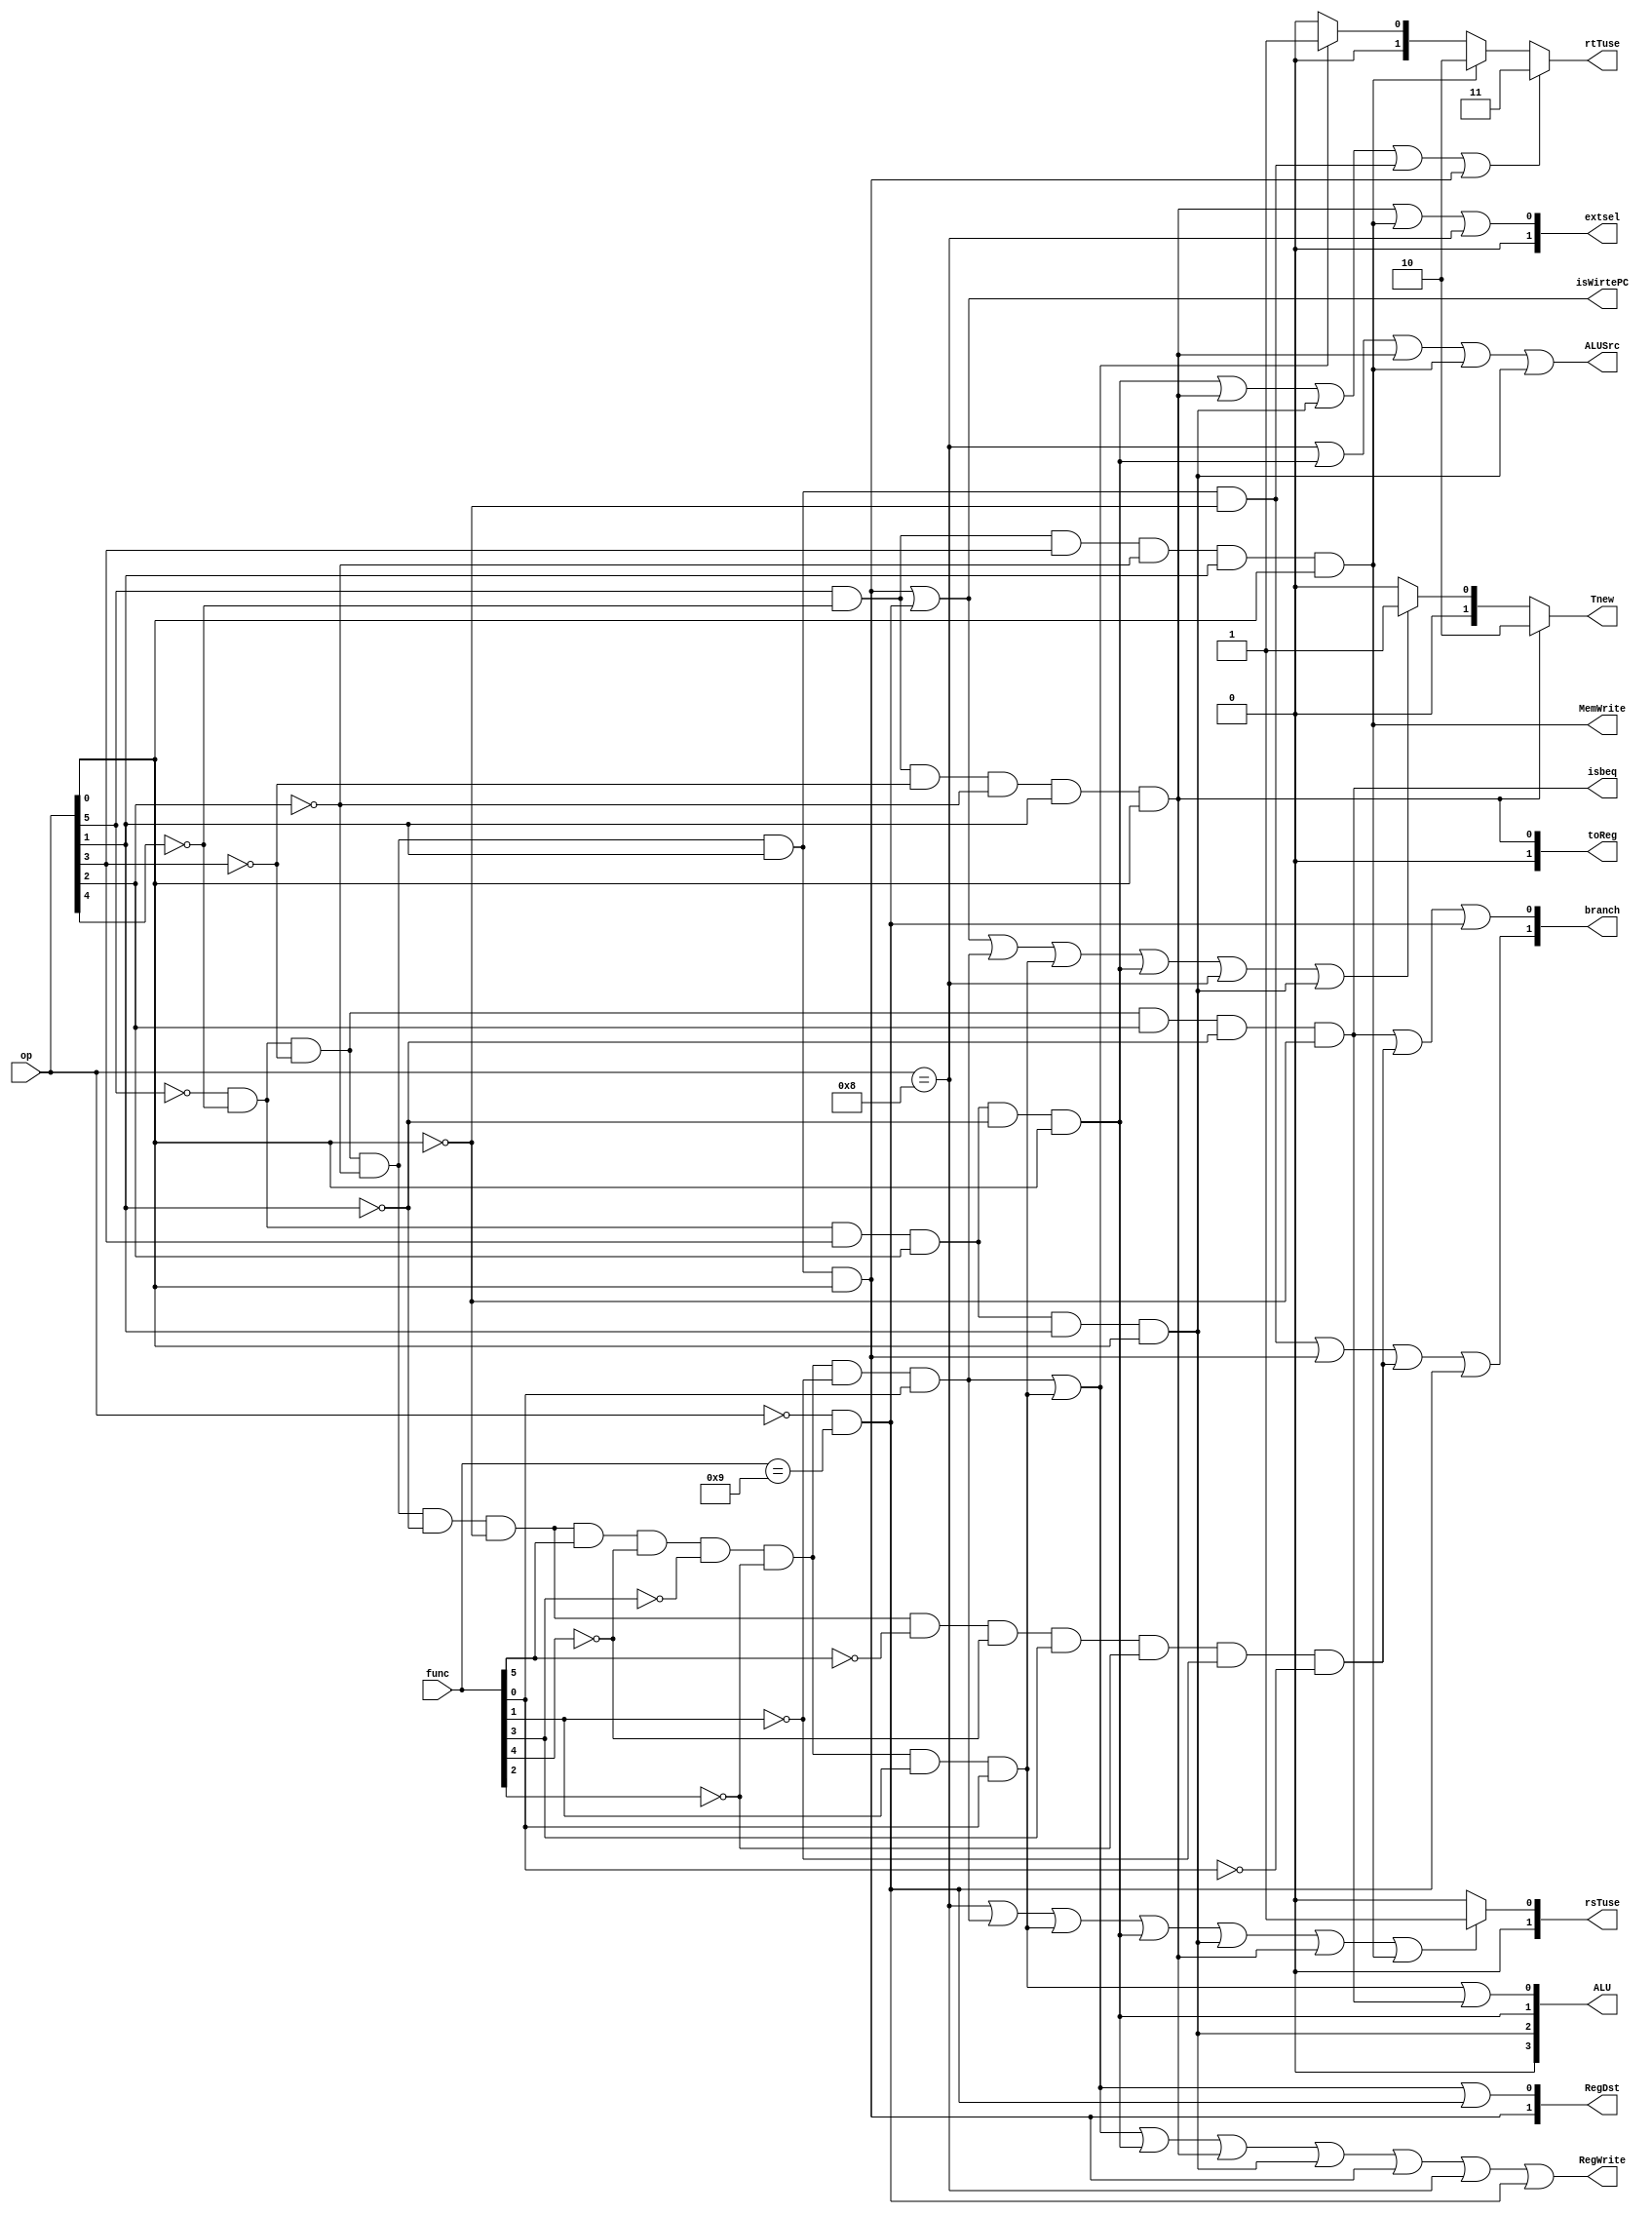
`timescale 1ns / 1ps

module Controller(
    input [5:0] op,
    input [5:0] func,
    output  [1:0] RegDst,
    output  RegWrite,
    output  ALUSrc,
    output  [1:0]branch,
    output  isbeq,
    output  MemWrite,
    output  [1:0]toReg,
    output  [1:0]extsel,
    output  isWirtePC,
    output  [3:0] ALU,
    output  [1:0] rsTuse,
    output  [1:0] rtTuse,
    output  [1:0] Tnew
    );
    wire addu, subu, ori, lw, sw, beq, lui, jar, jr, j , addi, jalr;

    assign addu = (~op[5])&(~op[4])&(~op[3])&(~op[2])&(~op[1])&(~op[0])&(func[5])&(~func[4])&(~func[3])&(~func[2])&(~func[1])&(func[0]);
    assign subu = (~op[5])&(~op[4])&(~op[3])&(~op[2])&(~op[1])&(~op[0])&(func[5])&(~func[4])&(~func[3])&(~func[2])&(func[1])&(func[0]);
    assign jr = (~op[5])&(~op[4])&(~op[3])&(~op[2])&(~op[1])&(~op[0])&(~func[5])&(~func[4])&(func[3])&(~func[2])&(~func[1])&(~func[0]);
    assign ori = (~op[5])&(~op[4])&(op[3])&(op[2])&(~op[1])&(op[0]);
    assign lw = (op[5])&(~op[4])&(~op[3])&(~op[2])&(op[1])&(op[0]);
    assign sw = (op[5])&(~op[4])&(op[3])&(~op[2])&(op[1])&(op[0]);
    assign beq = (~op[5])&(~op[4])&(~op[3])&(op[2])&(~op[1])&(~op[0]);
    assign lui = (~op[5])&(~op[4])&(op[3])&(op[2])&(op[1])&(op[0]);
    assign j = (~op[5])&(~op[4])&(~op[3])&(~op[2])&(op[1])&(~op[0]);
    assign jal = (~op[5])&(~op[4])&(~op[3])&(~op[2])&(op[1])&(op[0]);
    assign addi = (op==6'b001000);
    assign jalr = (op==6'b000000)&(func==6'b001001);

    assign RegDst={jal,addu|subu|jalr};
    assign RegWrite=addu|subu|ori|lw|lui|jal|addi|jalr;
    assign ALUSrc=addi|ori|lw|sw|lui;
    assign branch={j|jal|jr|jalr,beq|jr|jalr};
    assign isbeq=beq;
    assign MemWrite=sw;
    assign toReg={1'b0,lw};
    assign extsel={1'b0,lw|sw|addi};
    assign ALU ={1'b0,lui,ori,subu|beq};
    assign isWirtePC = jal|jalr;


    assign Tnew = (lw)?2:
                  (jal|jalr|addu|subu|ori|addi|lui)?1:0;
    assign rsTuse = (addi|addu|subu|ori|lui|lw|sw)?1:0;
    assign rtTuse = (ori|lw|lui|j|jal)?3:(sw)?2:
                    (addu|subu)?1:0;



endmodule